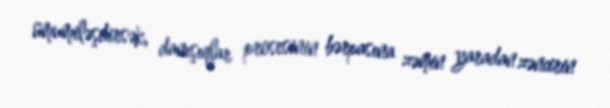
ümumiləşdirsək, danışıqlar prosesinin bərpasına zəmin yaradan zəncirin